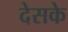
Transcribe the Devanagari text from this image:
देसके